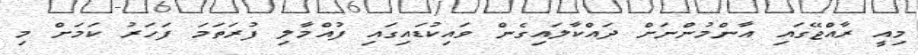
މިއީ ރާއްޖޭގައި އާންމުންނަށް ދައްކާލައިގެން ވައިކުޑައިގައި ފުއްމާލި ފުރަތަމަ ފަހަރު ކަމަށް މި